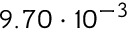
9 . 7 0 \cdot 1 0 ^ { - 3 }